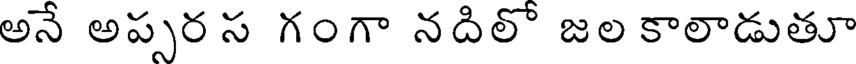
అనే అప్పర స గంగా నదిలో జల కాలాడుతూ